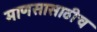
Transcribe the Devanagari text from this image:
माणसासाठीच